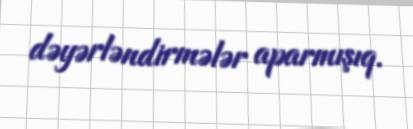
dəyərləndirmələr aparmışıq.